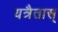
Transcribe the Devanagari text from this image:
यत्रैतास्‌